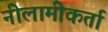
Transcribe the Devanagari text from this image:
नीलामीकर्ता